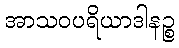
အာသဝပရိယာဒါနဉ္စ